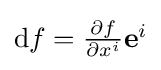
{\textstyle \mathrm {d} f={\frac {\partial f}{\partial x^{i}}}\mathbf {e} ^{i}}